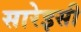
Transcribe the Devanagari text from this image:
सारेइसी